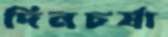
দিনচর্যা